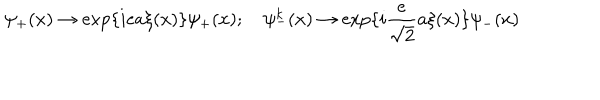
\psi _ { + } ( x ) \rightarrow \exp \{ i e a \xi ( x ) \} \psi _ { + } ( x ) ; \quad \psi _ { - } ^ { k } ( x ) \rightarrow \exp \{ i \frac { e } { \sqrt { 2 } } a \xi ( x ) \} \psi _ { - } ( x )